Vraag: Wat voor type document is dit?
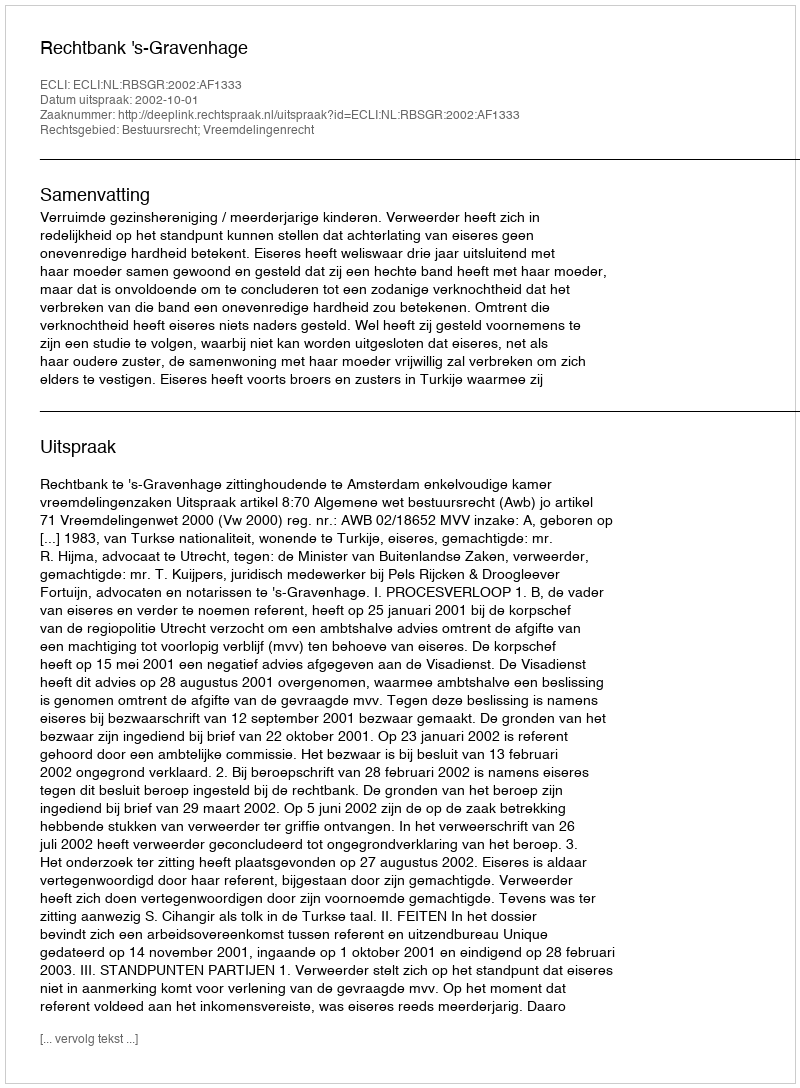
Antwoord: Uitspraak